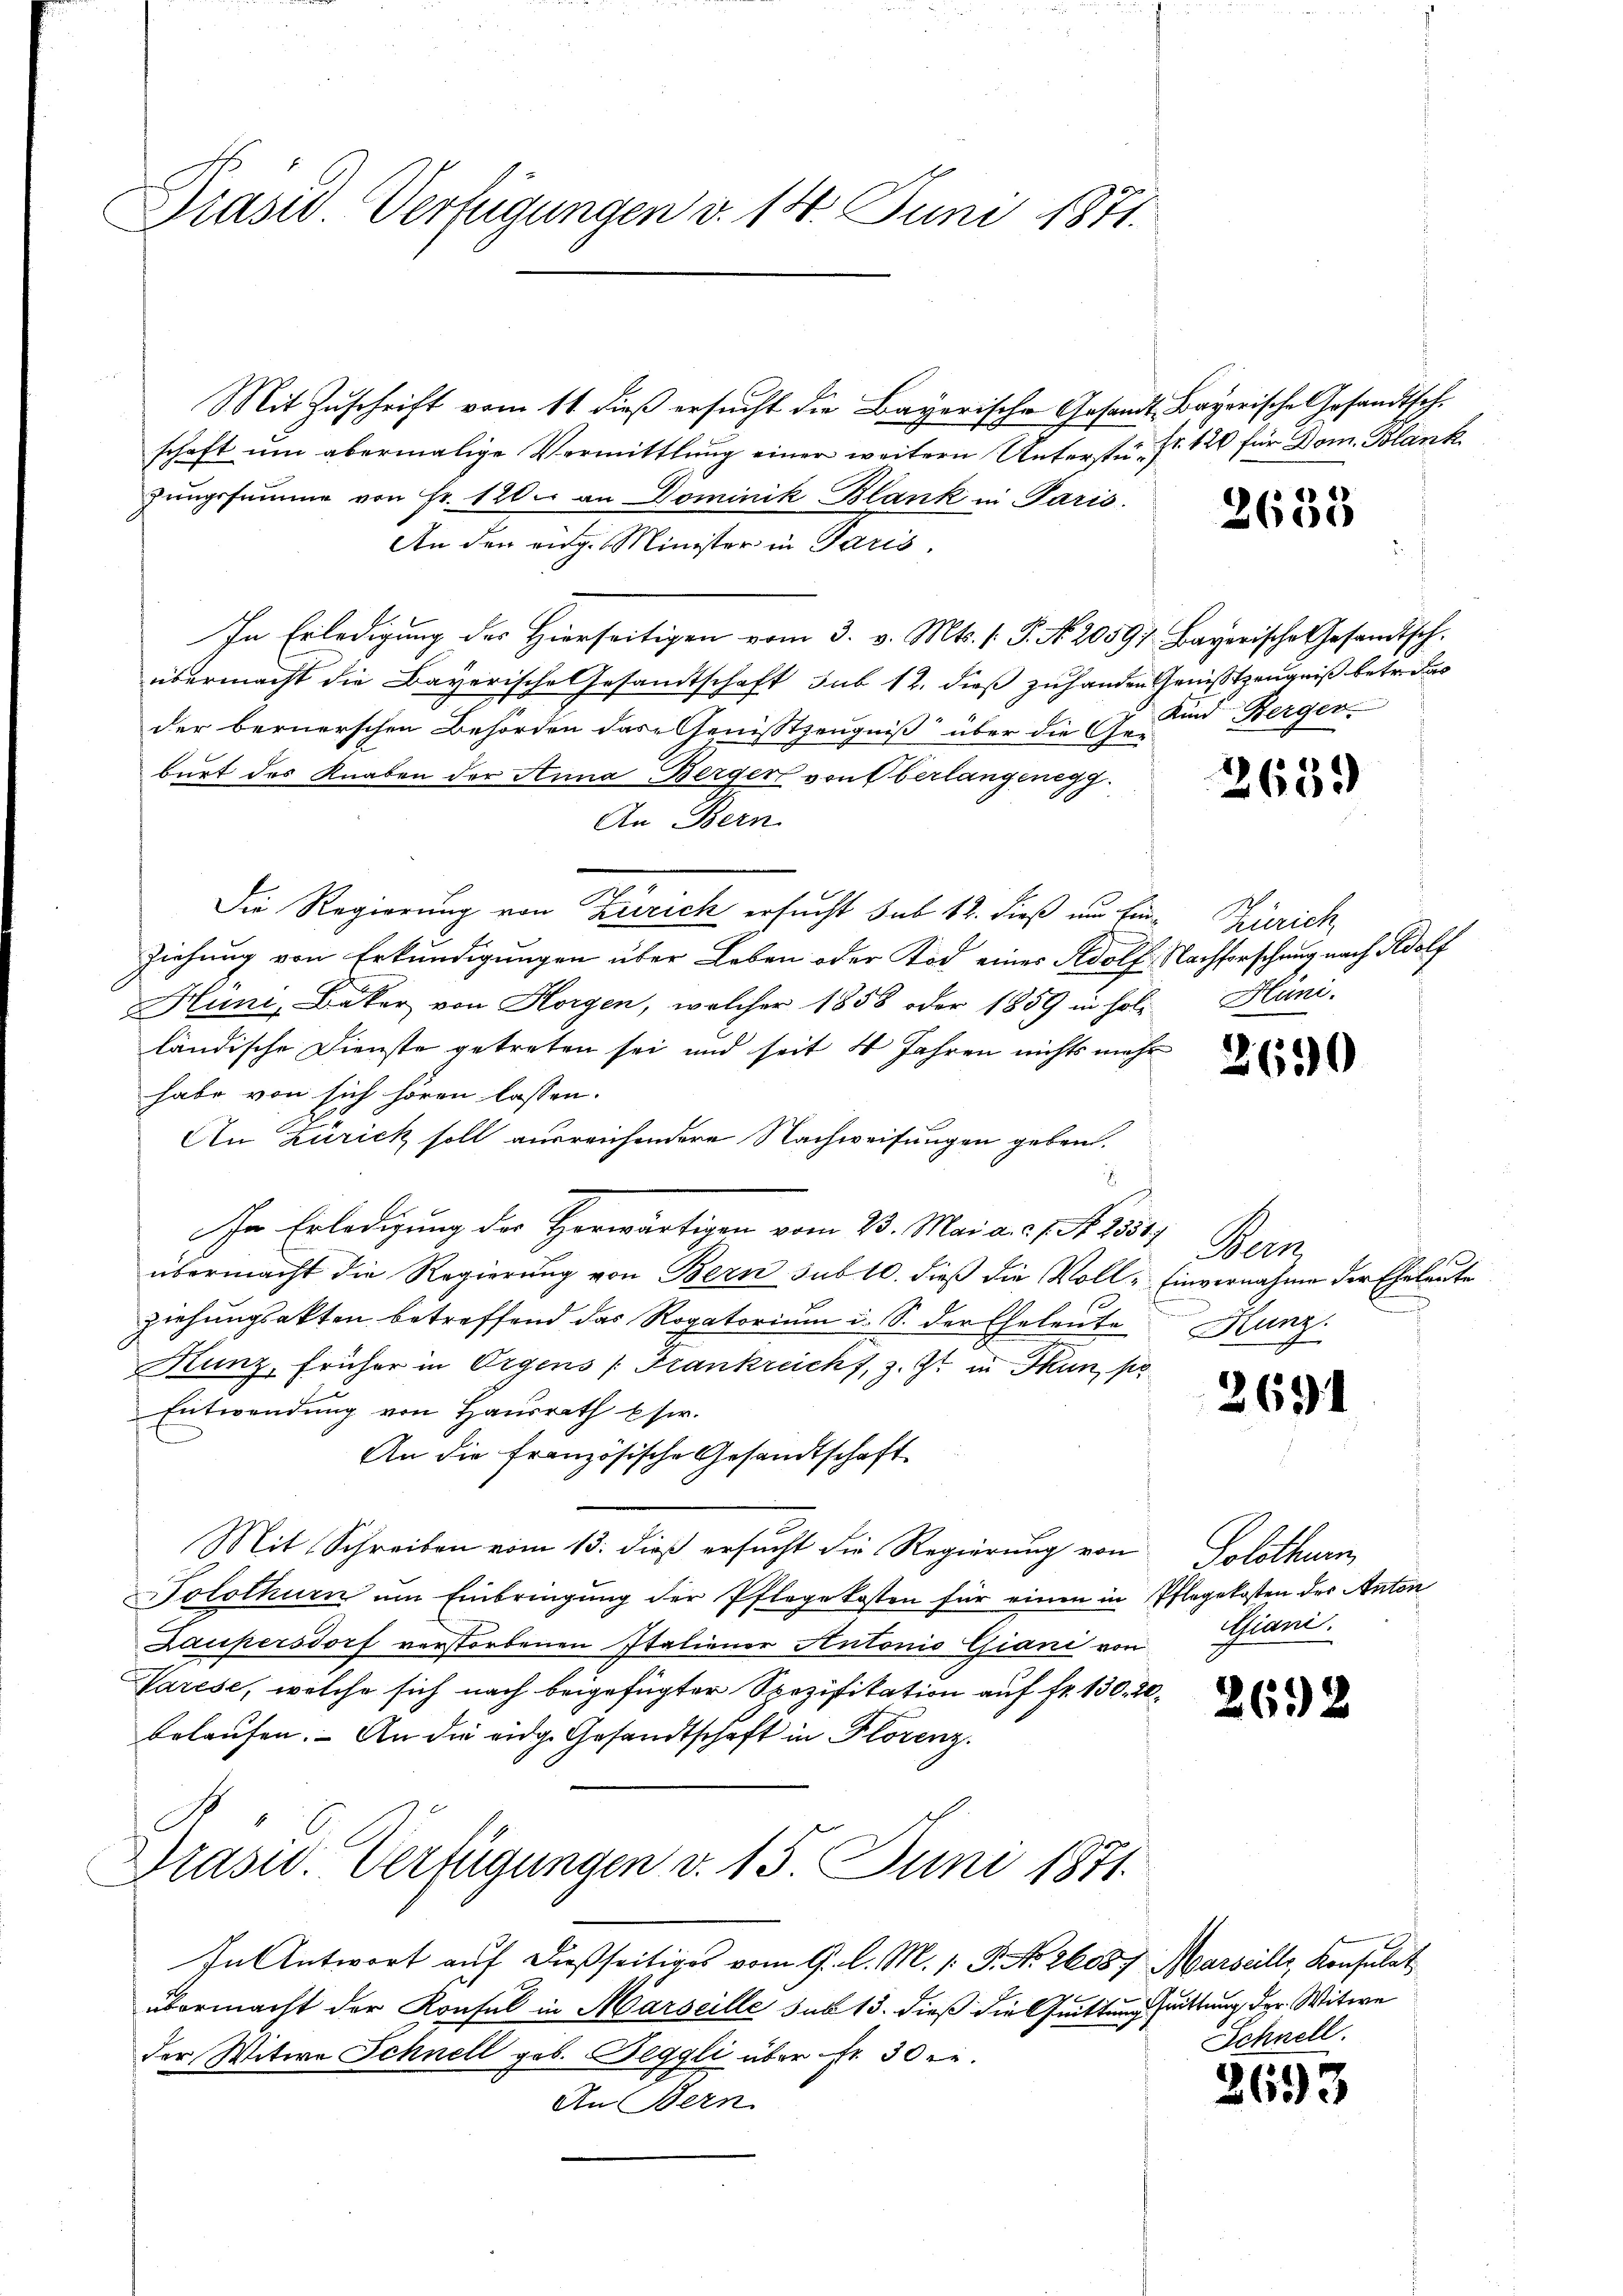
Präsid Verfügungen d. 14. Juni 1871.

Mit Zuschrift vom 11 dieß ersucht die Bayerische Gesandt-Bayerische Gesandtsch.
schaft um abermalige Vermittlung einer weitern Unterstüzungssumme von Fr. 120. an Dominik Blank in Paris.
An den eig. Minister in Paris,
In Erledigung der Hierseitigen vom 3. v. Mts. s. S. Nr. 20597 Bayerische Gesandtsch.
übermacht die Bayerische Gesandtschaft sub 12. dieß zuhanden Genißtzeugniß betreues
der bernerschen Behörden das Genisstzeugniß über die 17 Kind Berger
burt des Knaben der Anna Berger von Oberlangenegg
An Bern.
Die Regierung von Zürich ersucht sub 12. dieß um Ein Zürich,
ziehung von Erkundigungen über Leben oder Tod eines Adolf Nachforschung nach Adolf
Hüni, Bäker von Horgen, welcher 1858 oder 1859 in hole
ländische Dienste getreten sei und seit 4 Jahren nichts mehr
habe von sich hören lassen.
An Zürick soll ausreichendere Nachweisungen geben.
2
In Erledigung des Horwärtigen vom 23. Mai a. c. N. 2555/
übermacht die Regierung von Bern sub 10. dieß die Voll-Einvernahme der Eheleute
ziehungsakten betreffend das Rogatorium i. S. der Eheleute Hunz
Hunz, früher in Orgens (Frankreicht, z. Zt. in Thun, po
Entwendung von Hausrath Eser.
An die französische Gesandtschaft
Mit Schreiben vom 13. dieß ersucht die Regierung von
Solothurn um Einbringung der Pflegekosten für einen in Pflegekosten des Anton
Laupersdorf verstorbenen Italiener Antonio Giani von
Varese, welche sich nach beigefügter Spezifikation auf fr. 130. 20.
belaufen. An die eidg. Gesandtschaft in Florenz.
Präsid. Verfügungen v. 15. Juni 1871.
In Antwort auf dießseitiges vom 9. d. M. 1: P. Nr. 2608. Marseille, Konsulat
übermacht der Konsul in Marseille sub 13. dieß die Quittung suittung der Witwe
der Witwe Schnell geb. Beggli über fr. 30 r.
An Bern

Fr. 120 für Dom. Blank

s

§ 88
2600

265)

Huni.

2650

Mon

2691

Solothurn,
Giani.

2632

Schnell.

2693